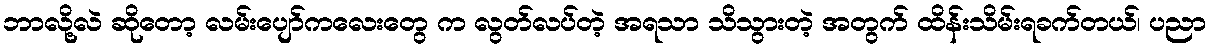
ဘာလို့လဲ ဆိုတော့ လမ်းပျော်ကလေးတွေ က လွတ်လပ်တဲ့ အရသာ သိသွားတဲ့ အတွက် ထိန်းသိမ်းရခက်တယ်၊ ပညာ